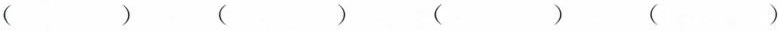
（） （） （） （）